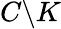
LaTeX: C\backslash K